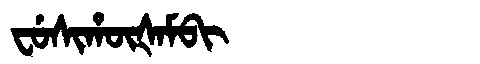
Manchu: ᠸᡠᠰᡳᡥᡡᡧᠠᠮᠪᡳ
Romanization: FUSIHŪŠAMBI